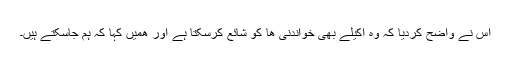
اس نے واضح کردیا کہ وہ اکیلے بھی خواندنی ھا کو شائع کرسکتا ہے اور ھمیں کہا کہ ہم جاسکتے ہیں۔